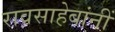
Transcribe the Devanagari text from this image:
रावसाहेबांनीं